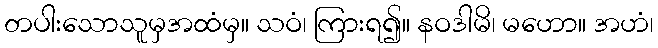
တပါးသောသူမှအထံမှ။ သဝံ၊ ကြားရ၍။ နဝဒါမိ၊ မဟော။ အဟံ၊